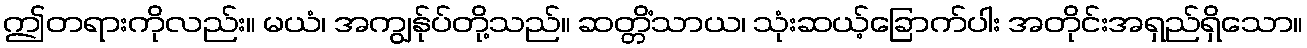
ဤတရားကိုလည်း။ မယံ၊ အကျွန်ုပ်တို့သည်။ ဆတ္တိံသာယ၊ သုံးဆယ့်ခြောက်ပါး အတိုင်းအရှည်ရှိသော။